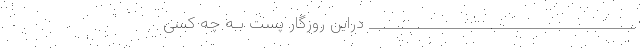
______________________________________ دراین روزگار پست بـه چه کسی